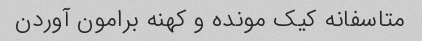
متاسفانه کیک مونده و کهنه برامون آوردن